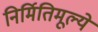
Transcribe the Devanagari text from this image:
निर्मितिमूल्ये